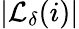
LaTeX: |\mathcal{L}_{\delta}(i)|